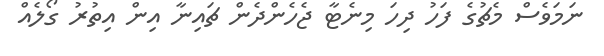
ނަމަވެސް މެޗުގެ ފަހު ދިހަ މިނެޓާ ޖެހެންދެން ޗައިނާ އިން އިތުރު ގޯލެއް